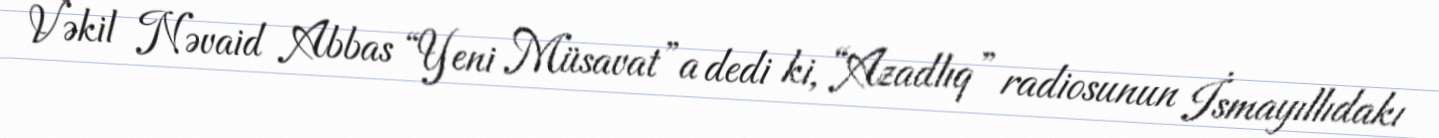
Vəkil Nəvaid Abbas “Yeni Müsavat”a dedi ki, “Azadlıq” radiosunun İsmayıllıdakı